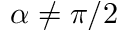
\alpha \neq \pi / 2